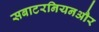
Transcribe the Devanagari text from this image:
सबाटरनियनऔर